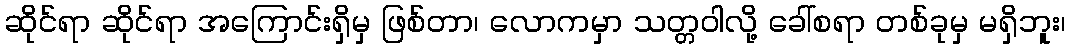
ဆိုင်ရာ ဆိုင်ရာ အကြောင်းရှိမှ ဖြစ်တာ၊ လောကမှာ သတ္တဝါလို့ ခေါ်စရာ တစ်ခုမှ မရှိဘူး၊